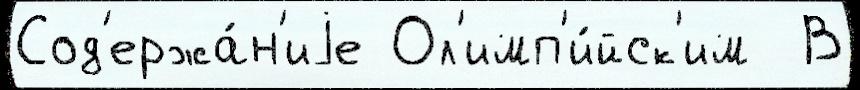
Сод'ержа́н'иjе Ол'имп'и́йск'им  В